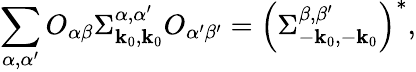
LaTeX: \sum_{\alpha,\alpha^{\prime}}O_{\alpha\beta}\Sigma_{\mathbf{k}_{0},\mathbf{k}_{0}}^{\alpha,\alpha^{\prime}}O_{\alpha^{\prime}\beta^{\prime}}=\left(\Sigma_{-\mathbf{k}_{0},-\mathbf{k}_{0}}^{\beta,\beta^{\prime}}\right)^{*},